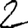
Digit: 2